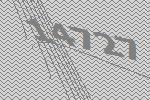
14727